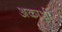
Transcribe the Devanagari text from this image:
अकाशी